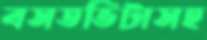
বসতভিটাসহ